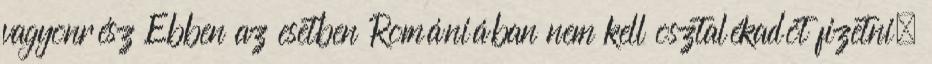
vagyonrész Ebben az esetben Romániában nem kell osztalékadót fizetni.